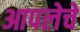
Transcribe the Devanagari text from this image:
आपलेचे